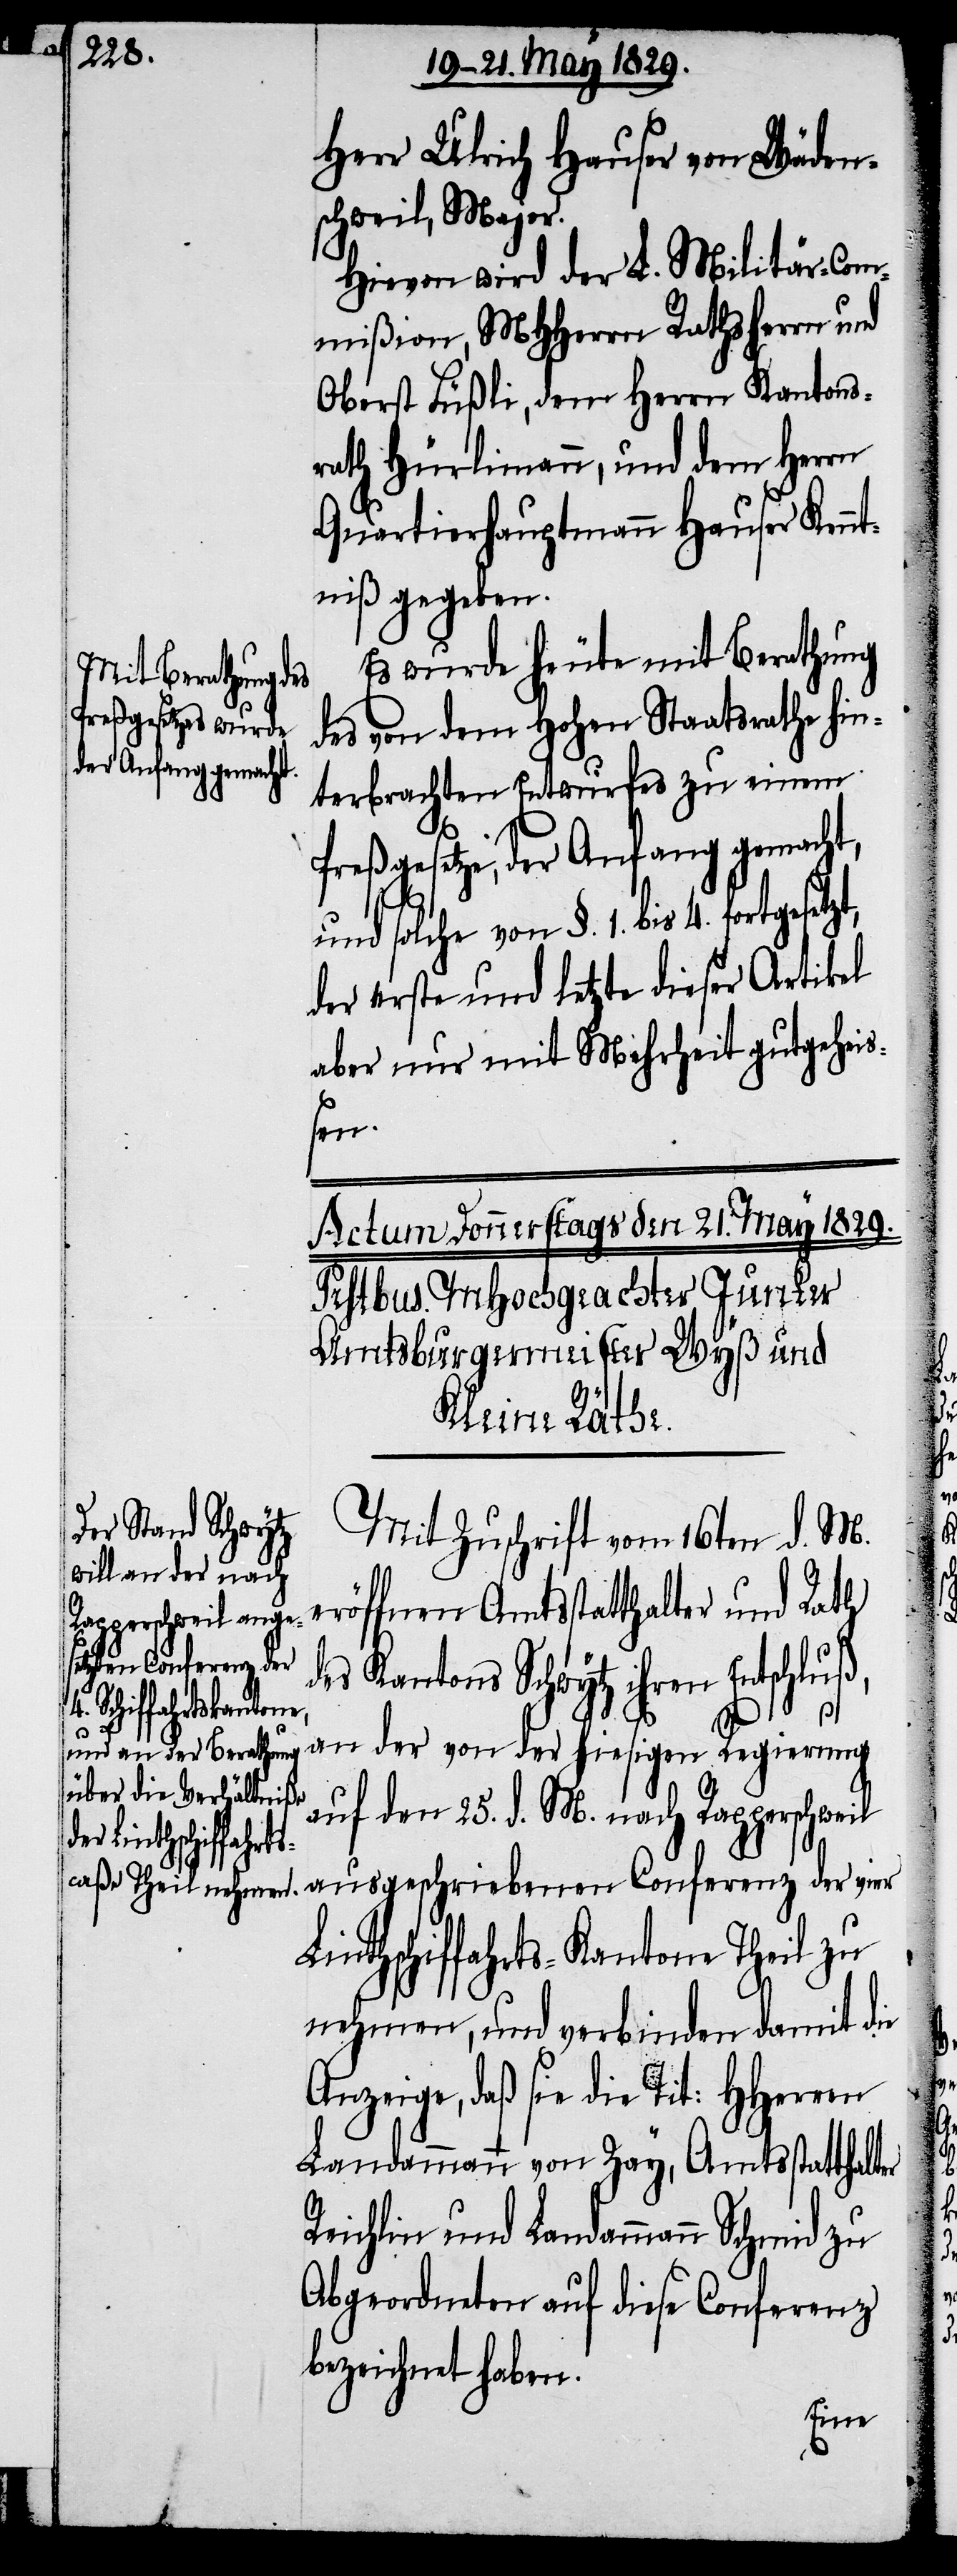
Herr Ulrich Hauser von Wäden¬
schweil, Major.
Hievon wird der L. Militär-Com¬
mißion, MHHerrn Rathsherrn und
Oberst Füßli, dem Herrn Kantons¬
rath Hürlimann, und dem Herrn
Quartierhauptmann Hauser Kenn¬
tniß gegeben.
Es wurde heute mit Berathung
des von dem Hohen Staatsrathe hin¬
terbrachten Entwurfes zu einem
Preßgesetze, der Anfang gemacht,
und solche von §. 1. bis 4.
er erste und letzte dieser Artikel
aber nur mit Mehrheit gutgeheiß¬
en.
Mit Zuschrift vom 16ten d. M.
eröffnen Amtsstatthalter und Rath
en Conferenz der
des Kantons Schwytz ihren Entschluß,
ausgeschrieben¬
an der von der hiesigen Regierung
Linthschiffahrts-Kantone Theil zu
nehmen, und verbinden damit die
Anzeige, daß sie die Tit: HHerren
Landammann von Zay, Amtsstatthalter
Reichlin und Landammann Schmid zu
Abgeordneten auf diese Conferenz
bezeichnet haben.